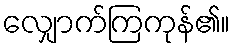
လျှောက်ကြကုန်၏။